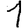
Digit: 1